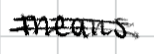
Text: means.
Cross-out: double-line
Writing tool: digital_black